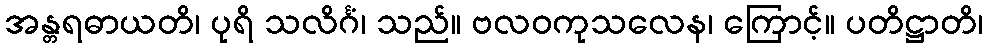
အန္တရဓာယတိ၊ ပုရိ သလိင်္ဂံ၊ သည်။ ဗလဝကုသလေန၊ ကြောင့်။ ပတိဋ္ဌာတိ၊